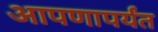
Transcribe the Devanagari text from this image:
आपणापर्यंत